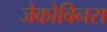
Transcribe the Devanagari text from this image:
जैकोबिनस